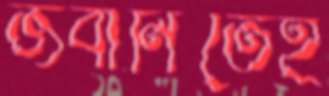
জবানিতেই